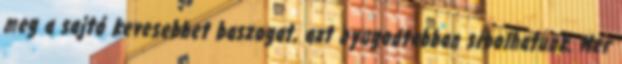
meg a sajtó kevesebbet baszogat, azt nyugodtabban síbolhatunk. Mer